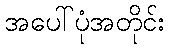
အပေါ်ပုံအတိုင်း